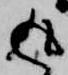
返